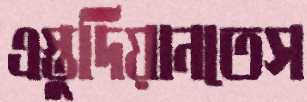
এস্তুদিয়ানতেস